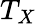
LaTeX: T_{X}